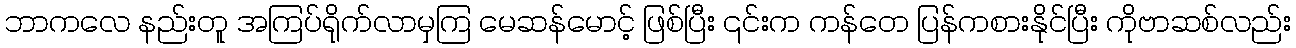
ဘာကလေ နည်းတူ အကြပ်ရိုက်လာမှကြ မေဆန်မောင့် ဖြစ်ပြီး ၎င်းက ကန်တေ ပြန်ကစားနိုင်ပြီး ကိုဗာဆစ်လည်း